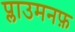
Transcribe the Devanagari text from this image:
प्लाउमनफ़